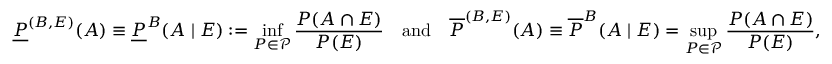
\underline { { P } } ^ { ( B , E ) } ( A ) \equiv \underline { { P } } ^ { B } ( A \mid E ) : = \operatorname* { i n f } _ { P \in \mathcal { P } } \frac { P ( A \cap E ) } { P ( E ) } \quad \mathrm { a n d } \quad \overline { { P } } ^ { ( B , E ) } ( A ) \equiv \overline { { P } } ^ { B } ( A \mid E ) = \operatorname* { s u p } _ { P \in \mathcal { P } } \frac { P ( A \cap E ) } { P ( E ) } ,